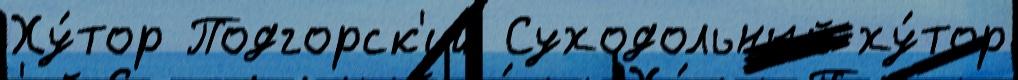
Ху́тор Подгорск'ий Суходольный ху́тор